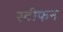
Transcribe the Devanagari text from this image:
स्‍टीफन